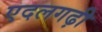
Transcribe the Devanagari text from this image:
एदलगढ़ी